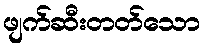
ဖျက်ဆီးတတ်သော